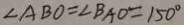
\angle A B O = \angle B A O = 1 5 0 ^ { \circ }